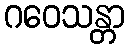
ဂဝေသန္တာ